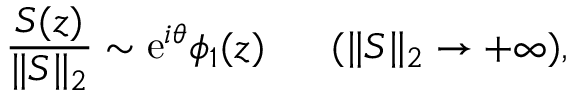
\frac { S ( z ) } { \| S \| _ { 2 } } \sim \mathrm { e } ^ { i \theta } \phi _ { 1 } ( z ) \ \ \ \ \ ( \| S \| _ { 2 } \to + \infty ) ,